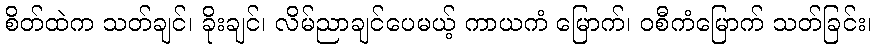
စိတ်ထဲက သတ်ချင်၊ ခိုးချင်၊ လိမ်ညာချင်ပေမယ့် ကာယကံ မြောက်၊ ဝစီကံမြောက် သတ်ခြင်း၊